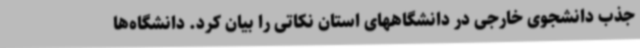
جذب دانشجوی خارجی در دانشگاههای استان نکاتی را بیان کرد. دانشگاه‌ها